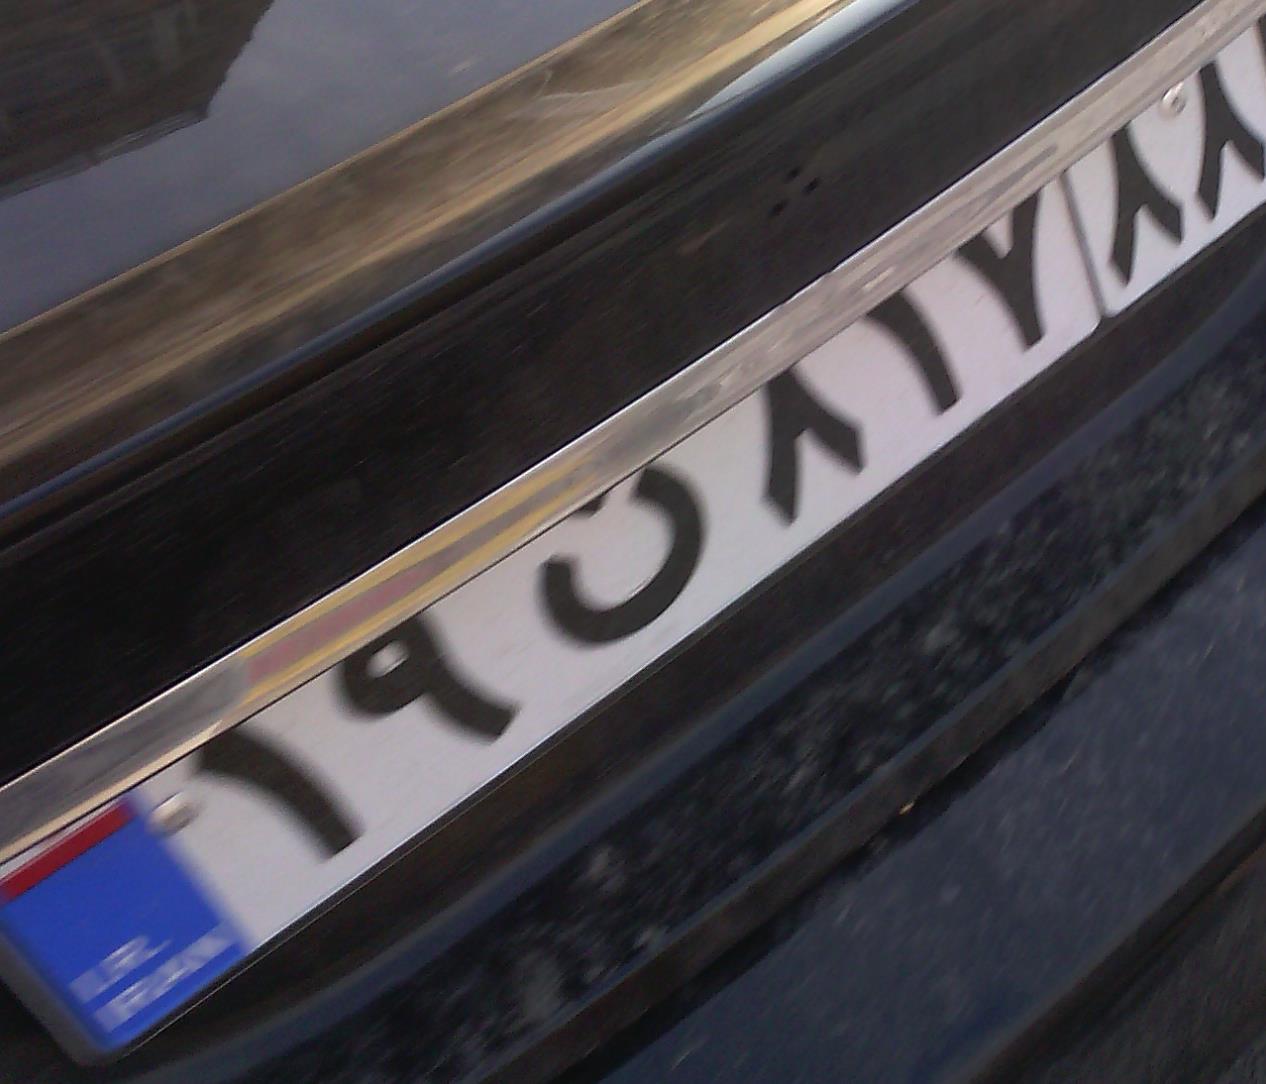
۱۹ن۸۱۷۸۸